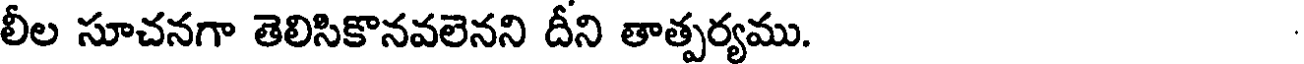
లీల సూచనగా తెలిసికొనవలెనని దీని తాత్పర్యము.